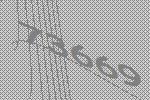
73669